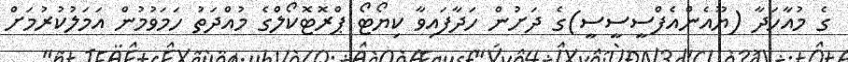
ގެ މުއާހަދާ (ޔޫއެންއެފްސީސީސީ)ގެ ދަށުން ހަދާފައިވާ ކިޔޯޓޯ ޕްރޮޓޮކޯލްގެ މުއްދަތު ހަމަވުމުން އަމަލުކުރުމަށް